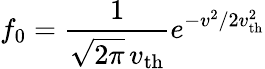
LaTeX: f_{0}=\frac{1}{\sqrt{2\pi}\, v_{\mathrm{th}}}e^{-v^{2}/2v_{\mathrm{th}}^{2}}